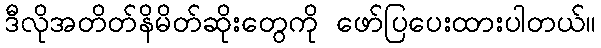
ဒီလိုအတိတ်နိမိတ်ဆိုးတွေကို ဖော်ပြပေးထားပါတယ်။